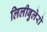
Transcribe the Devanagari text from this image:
लिलीबुलेरो